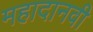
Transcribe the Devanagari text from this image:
महादानवी